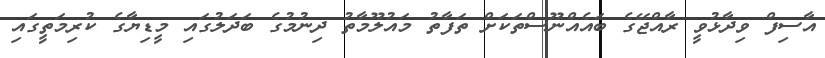
އާސިފް ވިދާޅުވީ ރާއްޖޭގެ ބައެއްނޫސްތަކަށް ތަފާތު މައުލޫމާތު ދިނުމުގެ ބަދަލުގައި މީޑިޔާގެ ކުރިމަތީގައި